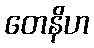
တေနိဟ